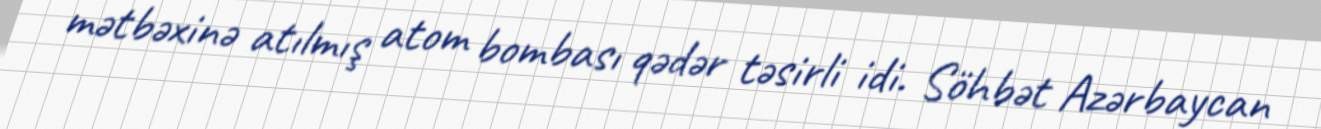
mətbəxinə atılmış atom bombası qədər təsirli idi. Söhbət Azərbaycan